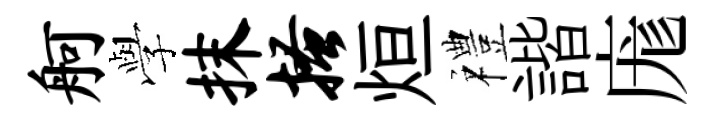
舸𫝯抹搔烜禮諧庬